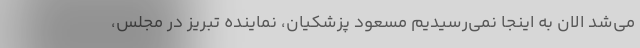
می‌شد الان به اینجا نمی‌رسیدیم مسعود پزشکیان، نماینده تبریز در مجلس،